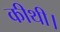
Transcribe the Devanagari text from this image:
कीथी।